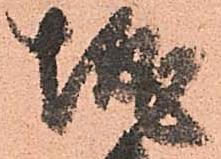
城